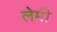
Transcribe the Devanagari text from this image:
लेमी